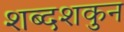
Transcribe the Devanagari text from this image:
शब्दशकुन